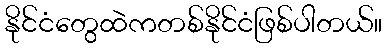
နိုင်ငံတွေထဲကတစ်နိုင်ငံဖြစ်ပါတယ်။